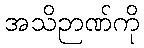
အသိဉာဏ်ကို